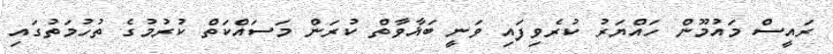
ރައީސް މައުމޫން ހައްޔަރު ކުރެވިފައި ވަނީ ބަޣާވާތް ކުރަން މަސައްކަތް ކުރުމުގެ ތުހުމަތުގައި